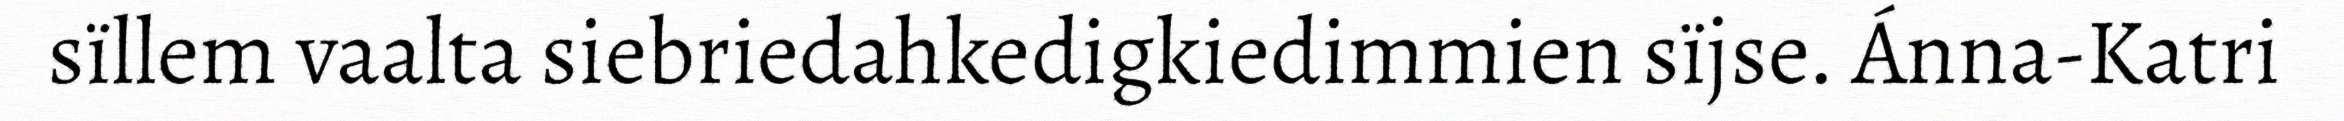
sïllem vaalta siebriedahkedigkiedimmien sïjse. Ánna-Katri